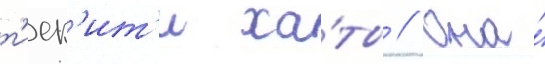
т'иек'ит'и ха́ты // Она́